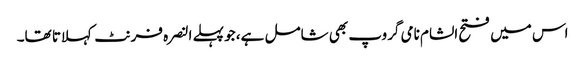
اس میں فتح الشام نامی گروپ بھی شامل ہے، جو پہلے النصرہ فرنٹ کہلاتا تھا۔